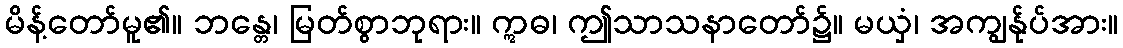
မိန့်တော်မူ၏။ ဘန္တေ၊ မြတ်စွာဘုရား။ ဣဓ၊ ဤသာသနာတော်၌။ မယှံ၊ အကျွန်ုပ်အား။